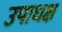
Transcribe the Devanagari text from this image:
उपाधक्ष